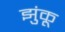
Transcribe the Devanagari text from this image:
झुंकू